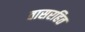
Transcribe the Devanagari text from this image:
वासरहित